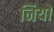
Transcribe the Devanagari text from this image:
नियों